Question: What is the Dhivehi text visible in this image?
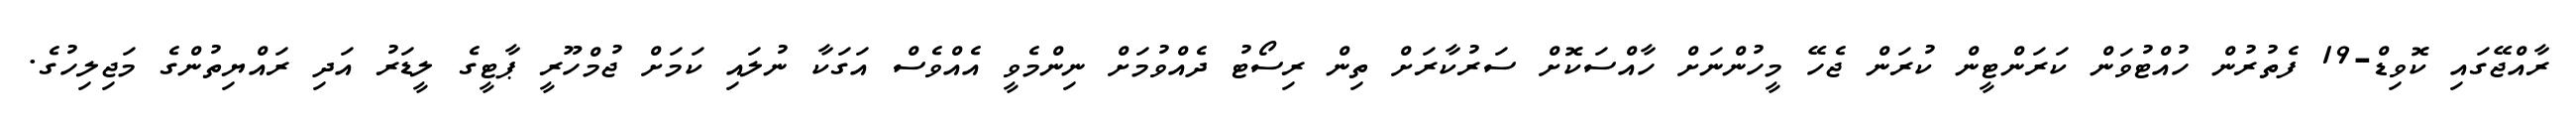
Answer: ރާއްޖޭގައި ކޮވިޑް-19 ފެތުރުން ހުއްޓުވަން ކަރަންޓީން ކުރަން ޖެހޭ މީހުންނަށް ހާއްސަކޮށް ސަރުކާރަށް ތިން ރިސޯޓު ދެއްވުމަށް ނިންމެވީ އެއްވެސް އަގަކާ ނުލައި ކަމަށް ޖުމްހޫރީ ޕާޓީގެ ލީޑަރު އަދި ރައްޔިތުންގެ މަޖިލިހުގެ.